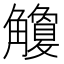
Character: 觼